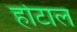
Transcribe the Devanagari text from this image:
होटाल